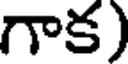
గాక)